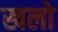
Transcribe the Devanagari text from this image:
खलो